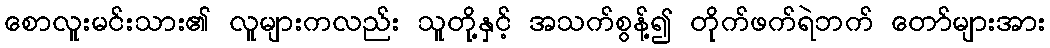
စောလူးမင်းသား၏ လူများကလည်း သူတို့နှင့် အသက်စွန့်၍ တိုက်ဖက်ရဲဘက် တော်များအား